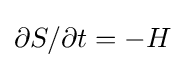
{\textstyle \partial S/\partial t=-H}